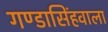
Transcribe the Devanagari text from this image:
गण्डासिंहवाला